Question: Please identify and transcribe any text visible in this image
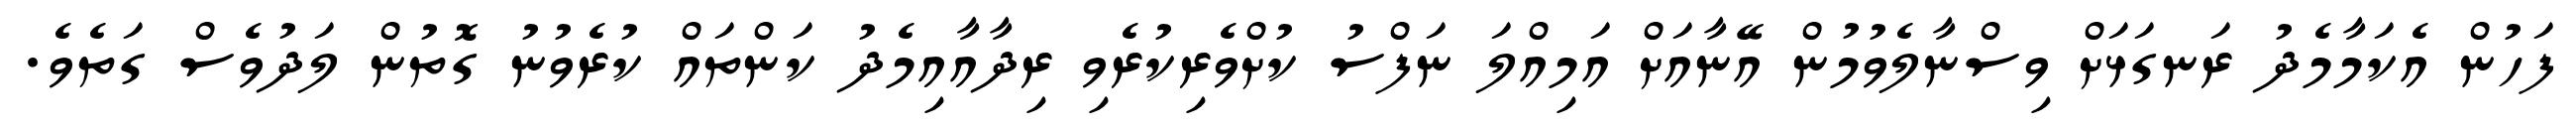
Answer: ފަހުން އެކަމާމެދު ރަނގަޅަށް ވިސްނާލެވުމުން އޭނާއަށް އަމިއްލަ ނަފްސު ކުށްވެރިކުރެވި ރިދާއާއިމެދު ކަންތައް ކުރެވުނު ގޮތުން ލަދުވެސް ގަތެވެ.